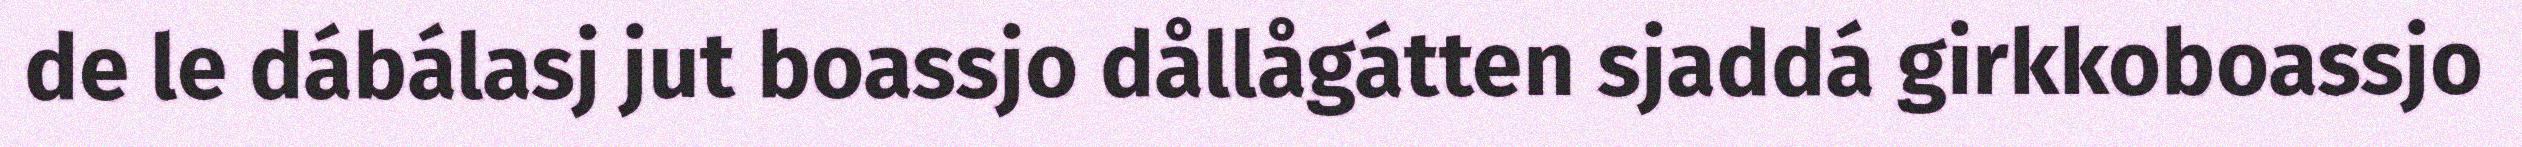
de le dábálasj jut boassjo dållågátten sjaddá girkkoboassjo